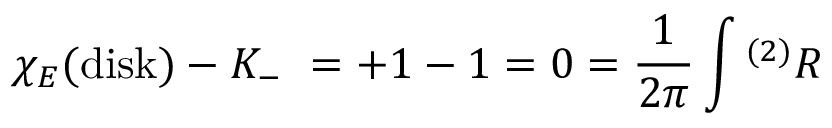
\chi _ { E } ( \mathrm { d i s k } ) - K _ { - } \ = + 1 - 1 = 0 = { \frac { 1 } { 2 \pi } } \int { } ^ { ( 2 ) } R